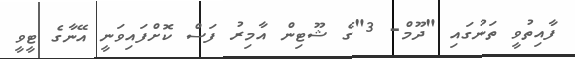
ފާއިތުވީ ތަނުގައި "ދޫމް- 3"ގެ ޝޫޓިން އާމިރު ފަސް ކޮށްފައިވަނީ އޭނާގެ ޓީވީ